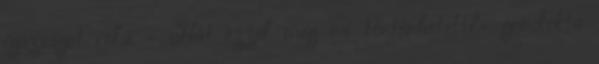
igazságot róla. - Hát ezzel meg mi történhetett?- gondolta